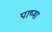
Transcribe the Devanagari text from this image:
पाष्मा